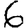
Digit: 6